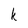
Character: k